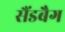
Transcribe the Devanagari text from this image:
सैंडबैग